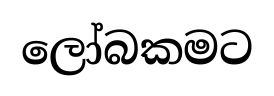
ලෝබකමට